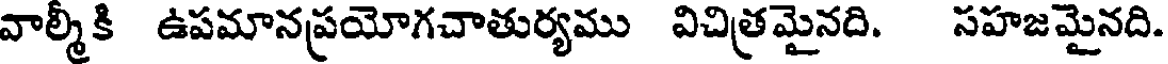
వాల్మీకి ఉపమానప్రయోగచాతుర్యము విచిత్రమైనది. సహజమైనది.